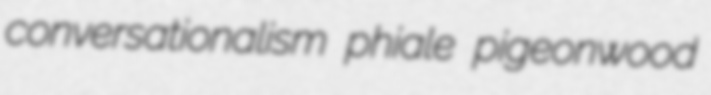
conversationalism phiale pigeonwood